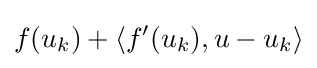
f(u_{k})+\langle f'(u_{k}),u-u_{k}\rangle